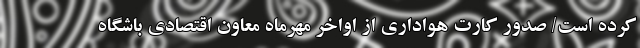
کرده است/ صدور کارت هواداری از اواخر مهرماه معاون اقتصادی باشگاه